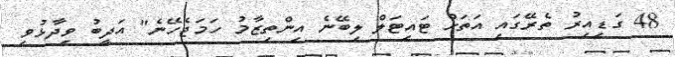
48 ގަޑިއިރު ތެރޭގައި އަތަށް ޓައިޓަލް ލިބޭނެ އިންތިޒާމު ހަމަޖެހޭނެ" އަދީބު ވިދާޅުވި